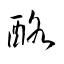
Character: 酪